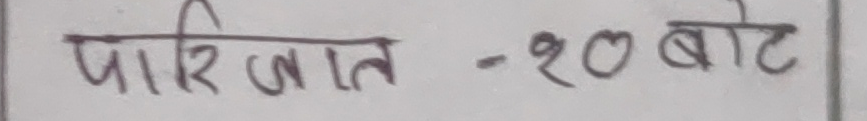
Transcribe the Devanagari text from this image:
पारिजात - २० बोट